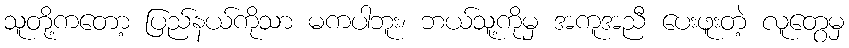
သူတို့ကတော့ ပြည်နယ်ကိုသာ မကပါဘူး၊ ဘယ်သူ့ကိုမှ အကူအညီ ပေးဖူးတဲ့ လူတွေမှ